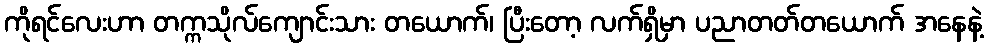
ကိုရင်လေးဟာ တက္ကသိုလ်ကျောင်းသား တယောက်၊ ပြီးတော့ လက်ရှိမှာ ပညာတတ်တယောက် အနေနဲ့